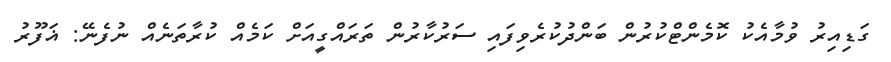
ގަޑިއިރު ވުމާއެކު ކޮމެންޓްކުރުން ބަންދުކުރެވިފައި ސަރުކާރުން ތަރައްގީއަށް ކަމެއް ކުރާތަނެއް ނުފެނޭ: ޣަފޫރު